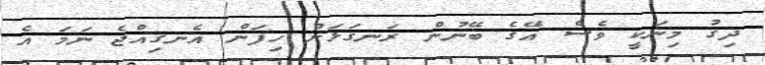
ދިގު މިނަކީ ވެސް އޭގެ ބޭނުން ރަނގަޅަށް ހިފަން އެނގިއްޖެ ނަމަ އެ